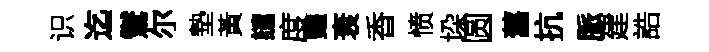
识迄鸑尔墊黃譴度豔衰香愤垜圆舊抗脈建誥